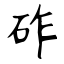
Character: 砟